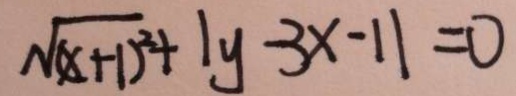
\sqrt { ( x + 1 ) ^ { 2 } } + \vert y - 3 x - 1 \vert = 0